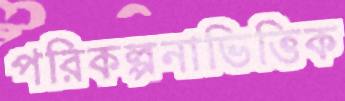
পরিকল্পনাভিত্তিক